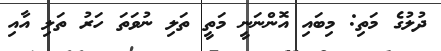
ދުލުގެ މަތި: މިބައި އޮންނަނީ މަތީ ތަލި ނުވަތަ ހަރު ތަލި އާއި